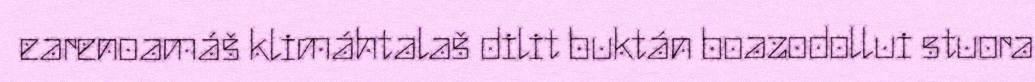
earenoamáš klimáhtalaš dilit buktán boazodollui stuora